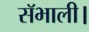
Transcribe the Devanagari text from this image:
सॅभाली।